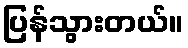
ပြန်သွားတယ်။